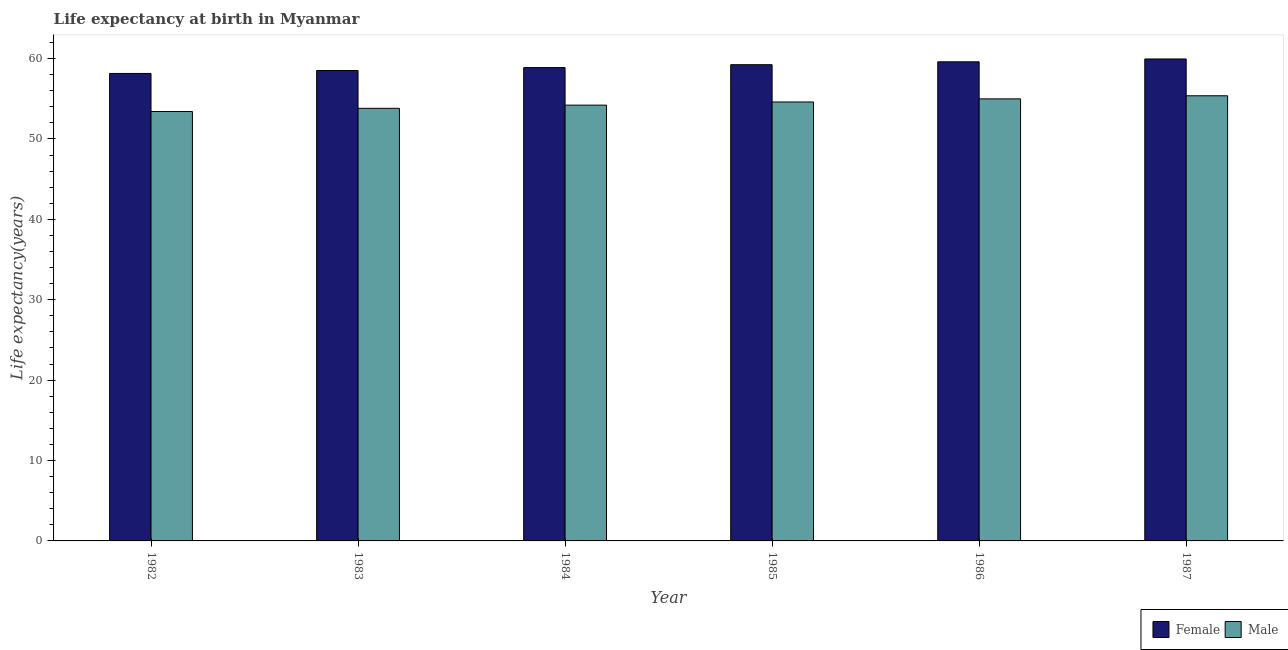
| Year | Female | Male |
 | --- | --- | --- |
 | 1982 | 58.1 | 53.4 |
 | 1983 | 58.5 | 53.8 |
 | 1984 | 58.9 | 54.2 |
 | 1985 | 59.2 | 54.6 |
 | 1986 | 59.6 | 55 |
 | 1987 | 60 | 55.4 |